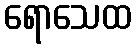
ရောသေထ